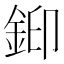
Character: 𮡳